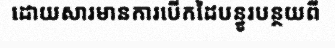
ដោយសារមានការបើកដៃបន្ធូរបន្ថយពី